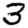
Digit: 3